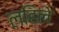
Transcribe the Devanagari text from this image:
लहिले